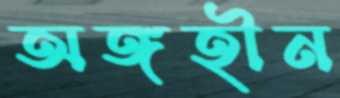
অঙ্গহীন